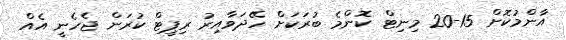
އާންމުކޮށް 15-20 މިނިޓް ކޮންމެ ބުރަކަށް ހޭދަވާއިރު ރިޕީޓް ކުރަން ޖެހެނީ އެއް